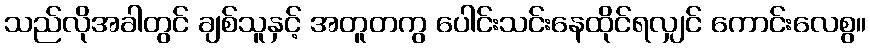
သည်လိုအခါတွင် ချစ်သူနှင့် အတူတကွ ပေါင်းသင်းနေထိုင်ရလျှင် ကောင်းလေစွ။